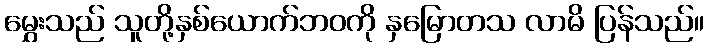
မွှေးသည် သူတို့နှစ်ယောက်ဘဝကို နှမြောတသ လာမိ ပြန်သည်။